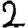
Digit: 2